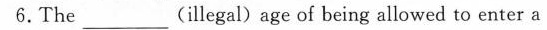
6.The ___ (illegal) age of being allowed to enter a